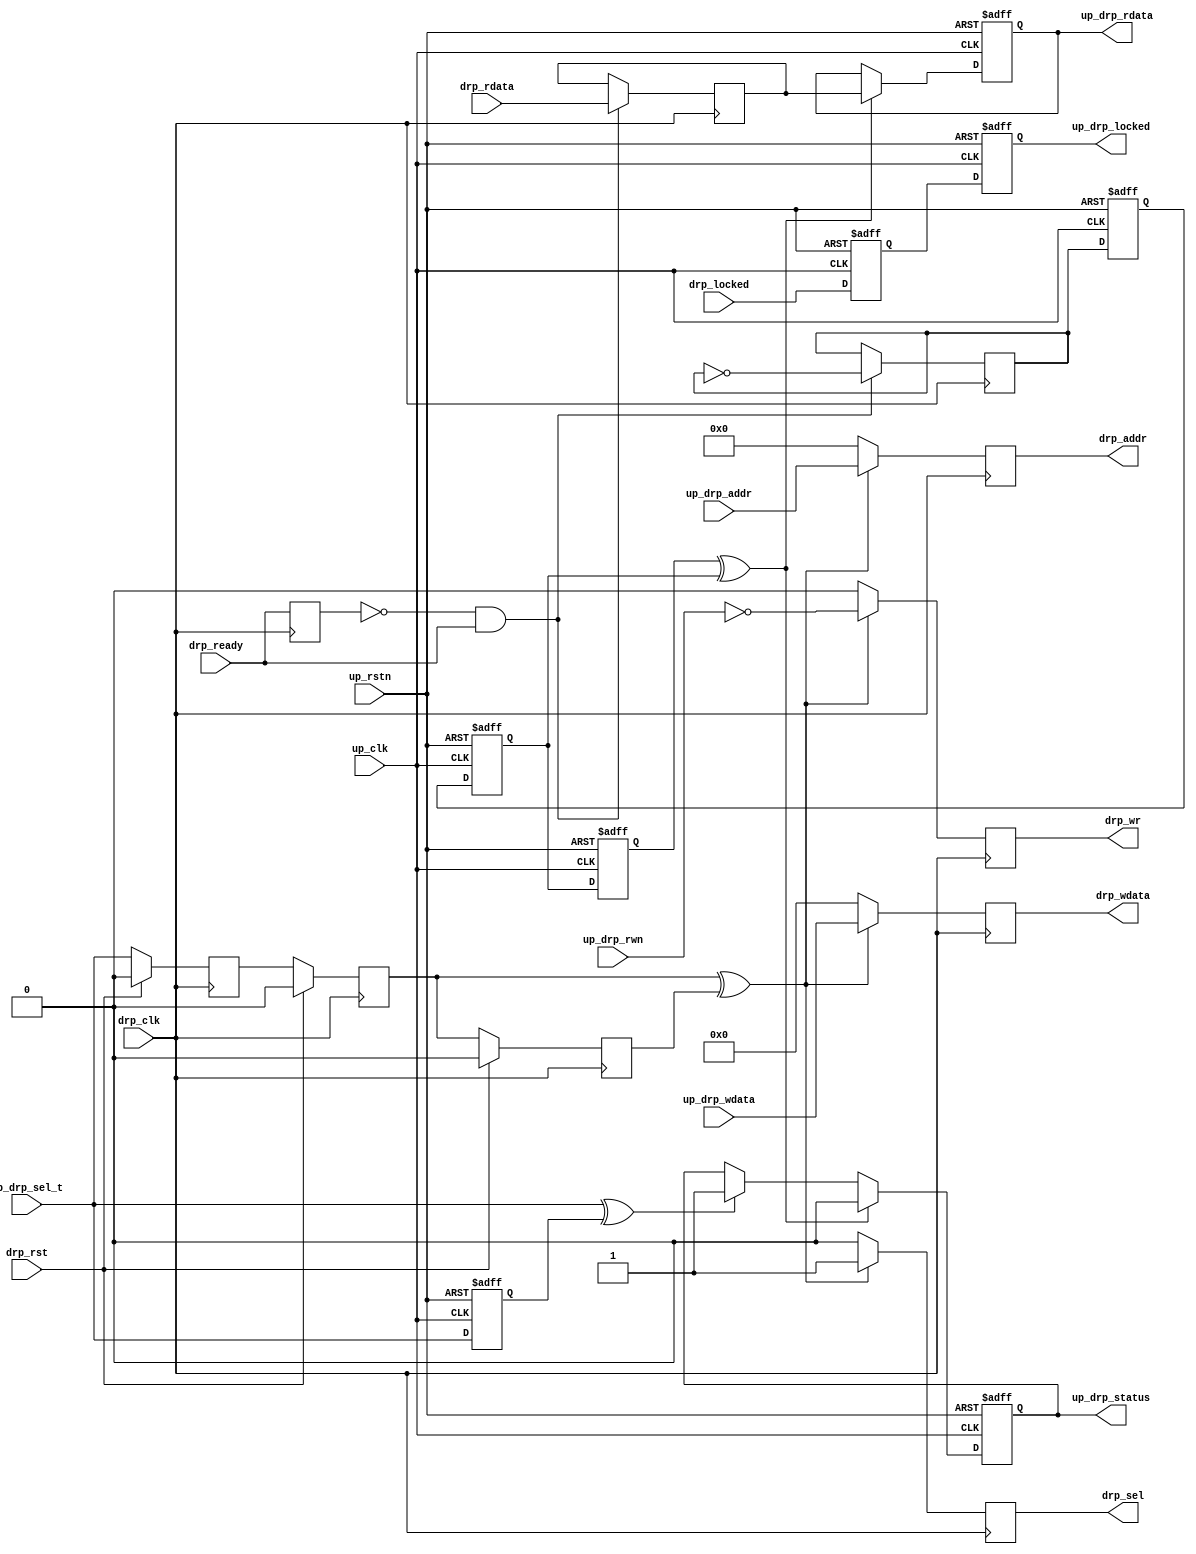
module up_drp_cntrl (
  drp_clk,
  drp_rst,
  drp_sel,
  drp_wr,
  drp_addr,
  drp_wdata,
  drp_rdata,
  drp_ready,
  drp_locked,
  up_rstn,
  up_clk,
  up_drp_sel_t,
  up_drp_rwn,
  up_drp_addr,
  up_drp_wdata,
  up_drp_rdata,
  up_drp_status,
  up_drp_locked);
  input           drp_clk;
  input           drp_rst;
  output          drp_sel;
  output          drp_wr;
  output  [11:0]  drp_addr;
  output  [15:0]  drp_wdata;
  input   [15:0]  drp_rdata;
  input           drp_ready;
  input           drp_locked;
  input           up_rstn;
  input           up_clk;
  input           up_drp_sel_t;
  input           up_drp_rwn;
  input   [11:0]  up_drp_addr;
  input   [15:0]  up_drp_wdata;
  output  [15:0]  up_drp_rdata;
  output          up_drp_status;
  output          up_drp_locked;
  reg             drp_sel_t_m1 = 'd0;
  reg             drp_sel_t_m2 = 'd0;
  reg             drp_sel_t_m3 = 'd0;
  reg             drp_sel = 'd0;
  reg             drp_wr = 'd0;
  reg     [11:0]  drp_addr = 'd0;
  reg     [15:0]  drp_wdata = 'd0;
  reg             drp_ready_int = 'd0;
  reg     [15:0]  drp_rdata_int = 'd0;
  reg             drp_ack_t = 'd0;
  reg             up_drp_locked_m1 = 'd0;
  reg             up_drp_locked = 'd0;
  reg             up_drp_ack_t_m1 = 'd0;
  reg             up_drp_ack_t_m2 = 'd0;
  reg             up_drp_ack_t_m3 = 'd0;
  reg             up_drp_sel_t_d = 'd0;
  reg             up_drp_status = 'd0;
  reg     [15:0]  up_drp_rdata = 'd0;
  wire            drp_sel_t_s;
  wire            up_drp_ack_t_s;
  wire            up_drp_sel_t_s;
  assign drp_sel_t_s = drp_sel_t_m2 ^ drp_sel_t_m3;
  always @(posedge drp_clk) begin
    if (drp_rst == 1'b1) begin
      drp_sel_t_m1 <= 'd0;
      drp_sel_t_m2 <= 'd0;
      drp_sel_t_m3 <= 'd0;
    end else begin
      drp_sel_t_m1 <= up_drp_sel_t;
      drp_sel_t_m2 <= drp_sel_t_m1;
      drp_sel_t_m3 <= drp_sel_t_m2;
    end
  end
  always @(posedge drp_clk) begin
    if (drp_sel_t_s == 1'b1) begin
      drp_sel <= 1'b1;
      drp_wr <= ~up_drp_rwn;
      drp_addr <= up_drp_addr;
      drp_wdata <= up_drp_wdata;
    end else begin
      drp_sel <= 1'b0;
      drp_wr <= 1'b0;
      drp_addr <= 12'd0;
      drp_wdata <= 16'd0;
    end
  end
  always @(posedge drp_clk) begin
    drp_ready_int <= drp_ready;
    if ((drp_ready_int == 1'b0) && (drp_ready == 1'b1)) begin
      drp_rdata_int <= drp_rdata;
      drp_ack_t <= ~drp_ack_t;
    end
  end
  assign up_drp_ack_t_s = up_drp_ack_t_m3 ^ up_drp_ack_t_m2;
  assign up_drp_sel_t_s = up_drp_sel_t ^ up_drp_sel_t_d;
  always @(negedge up_rstn or posedge up_clk) begin
    if (up_rstn == 1'b0) begin
      up_drp_locked_m1 <= 'd0;
      up_drp_locked <= 'd0;
      up_drp_ack_t_m1 <= 'd0;
      up_drp_ack_t_m2 <= 'd0;
      up_drp_ack_t_m3 <= 'd0;
      up_drp_sel_t_d <= 'd0;
      up_drp_status <= 'd0;
      up_drp_rdata <= 'd0;
    end else begin
      up_drp_locked_m1 <= drp_locked;
      up_drp_locked <= up_drp_locked_m1;
      up_drp_ack_t_m1 <= drp_ack_t;
      up_drp_ack_t_m2 <= up_drp_ack_t_m1;
      up_drp_ack_t_m3 <= up_drp_ack_t_m2;
      up_drp_sel_t_d <= up_drp_sel_t;
      if (up_drp_ack_t_s == 1'b1) begin
        up_drp_status <= 1'b0;
      end else if (up_drp_sel_t_s == 1'b1) begin
        up_drp_status <= 1'b1;
      end
      if (up_drp_ack_t_s == 1'b1) begin
        up_drp_rdata <= drp_rdata_int;
      end
    end
  end
endmodule